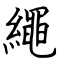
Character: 繩